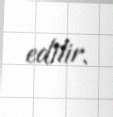
edilir.